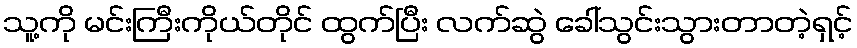
သူ့ကို မင်းကြီးကိုယ်တိုင် ထွက်ပြီး လက်ဆွဲ ခေါ်သွင်းသွားတာတဲ့ရှင့်